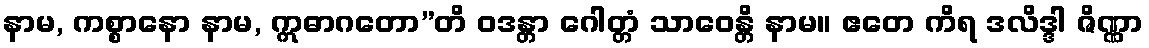
နာမ, ကစ္စာနော နာမ, ဣဓာဂတော”တိ ဝဒန္တာ ဂေါတ္တံ သာဝေန္တိ နာမ။ ဧတေ ကိရ ဒလိဒ္ဒါ ဇိဏ္ဏာ